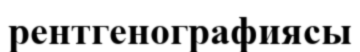
рентгенографиясы